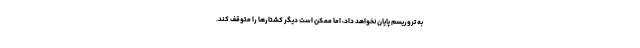
به تروریسم پایان نخواهد داد، اما ممکن است دیگر کشتارها را متوقف کند.